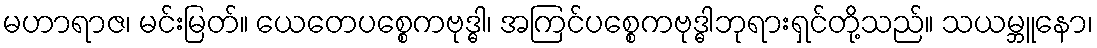
မဟာရာဇ၊ မင်းမြတ်။ ယေတေပစ္စေကဗုဒ္ဓါ၊ အကြင်ပစ္စေကဗုဒ္ဓါဘုရားရှင်တို့သည်။ သယမ္ဘူနော၊